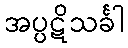
အပ္ပဋိသင်္ခါ